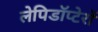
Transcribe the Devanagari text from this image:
लेपिडॉप्टेरों